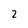
Character: 2